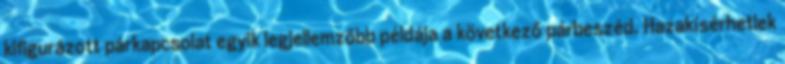
kifigurázott párkapcsolat egyik legjellemzőbb példája a következő párbeszéd. Hazakísérhetlek